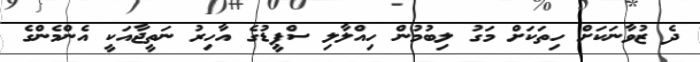
ދެ ޒުވާނަކަށް ހިތަކަށް މަގު ލިބުމުން ހިއްލާލި ސްޕީޑުގެ އާހިރު ނަތީޖާއަކީ އެންމެންގެ